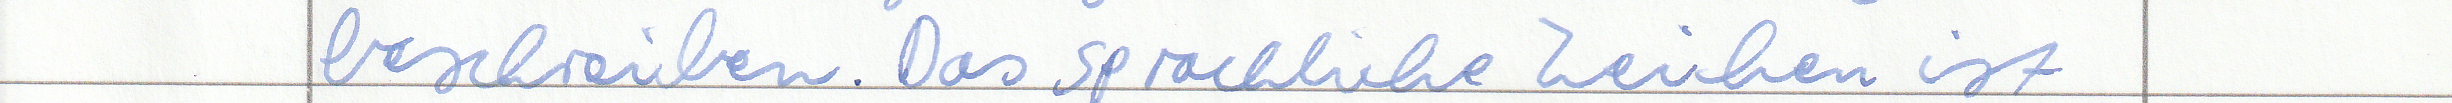
beschreiben. Das sprachliche Zeichen ist